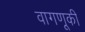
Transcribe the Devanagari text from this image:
वागणूकी